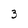
Character: 3